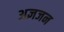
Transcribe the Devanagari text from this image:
अज्ञजन